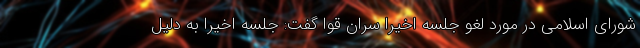
شورای اسلامی در مورد لغو جلسه اخیرا سران قوا گفت: جلسه اخیرا به دلیل